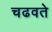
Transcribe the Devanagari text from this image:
चढवते